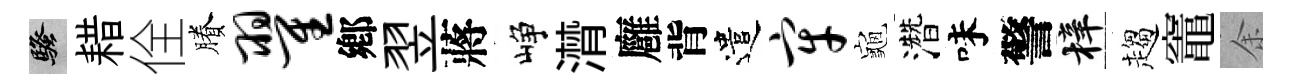
騷耤佺賸翟鄕翌蔣峥潸廱背遣牢龜濳味警梓趨竈余